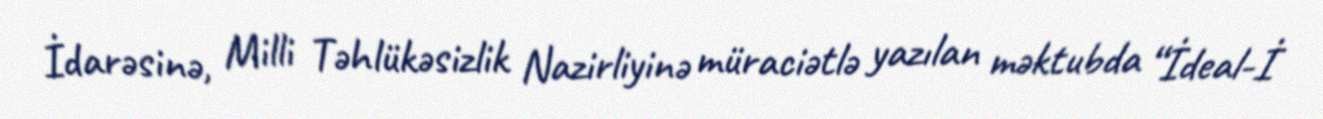
İdarəsinə, Milli Təhlükəsizlik Nazirliyinə müraciətlə yazılan məktubda “İdeal-İ